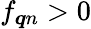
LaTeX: f_{\boldsymbol{q}n}>0